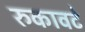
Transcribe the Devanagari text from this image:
रुकावटे